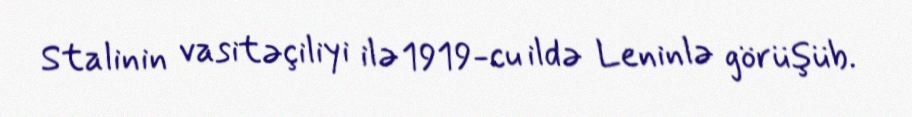
Stalinin vasitəçiliyi ilə 1919-cu ildə Leninlə görüşüb.